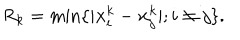
R _ { k } = \min \{ | { \bf x } _ { i } ^ { k } - { \bf x } _ { j } ^ { k } | ; i \neq j \} .